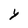
Character: y